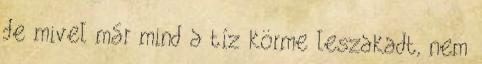
de mivel már mind a tíz körme leszakadt, nem